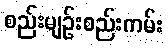
စည်းမျဉ်းစည်းကမ်း